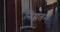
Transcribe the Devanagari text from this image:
निम्नतम्